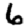
Digit: 6